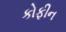
કોફીન